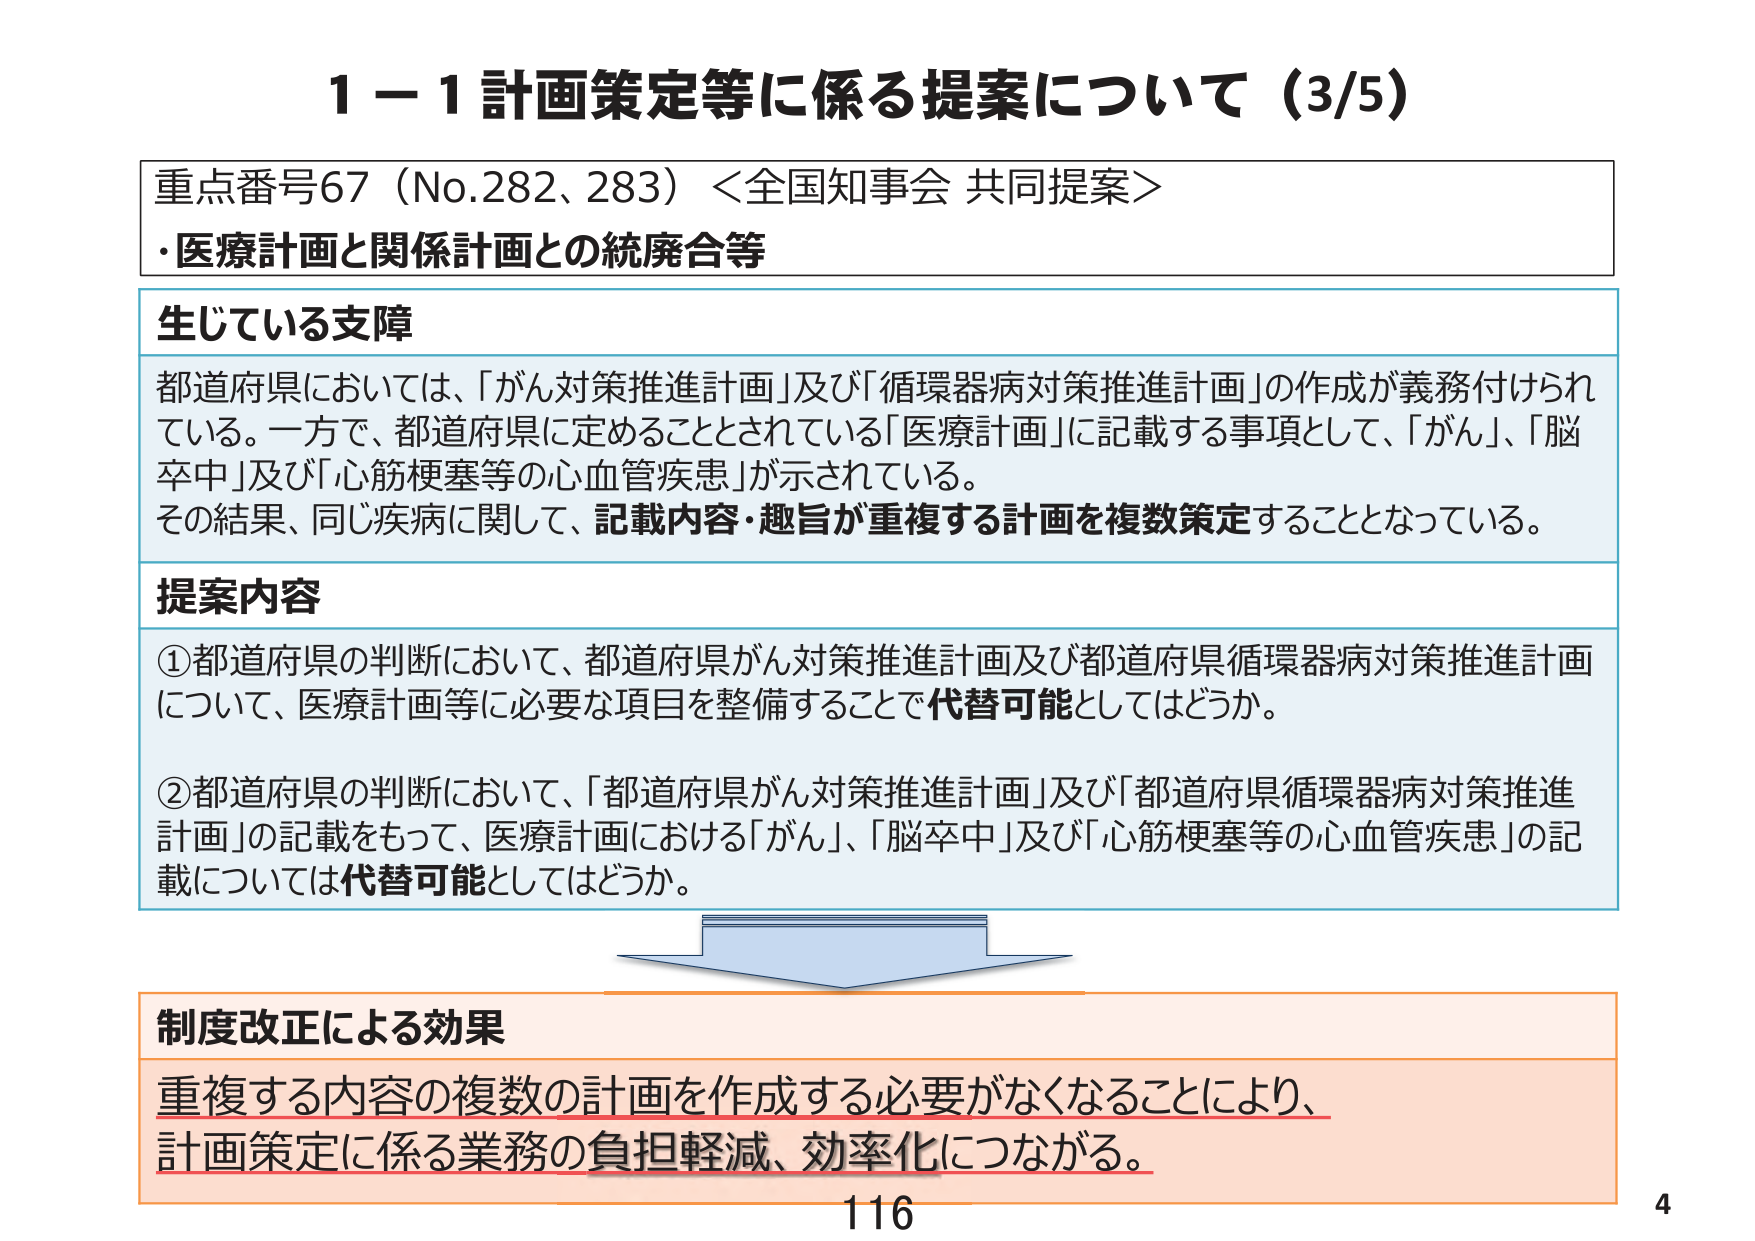
1－1 計画策定等に係る提案について（3/5）

重点番号67（No.282、283）＜全国知事会 共同提案＞
・医療計画と関係計画との統廃合等

生じている支障
都道府県においては、「がん対策推進計画」及び「循環器病対策推進計画」の作成が義務付けられている。一方で、都道府県に定めることとされている「医療計画」に記載する事項として、「がん」、「脳卒中」及び「心筋梗塞等の心血管疾患」が示されている。
その結果、同じ疾病に関して、記載内容・趣旨が重複する計画を複数策定することとなっている。

提案内容
①都道府県の判断において、都道府県がん対策推進計画及び都道府県循環器病対策推進計画について、医療計画等に必要な項目を整備することで代替可能としてはどうか。
②都道府県の判断において、「都道府県がん対策推進計画」及び「都道府県循環器病対策推進計画」の記載をもって、医療計画における「がん」、「脳卒中」及び「心筋梗塞等の心血管疾患」の記載については代替可能としてはどうか。

制度改正による効果
重複する内容の複数の計画を作成する必要がなくなることにより、
計画策定に係る業務の負担軽減、効率化につながる。

116
4